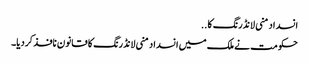
انسداد منی لانڈرنگ کا ..
حکومت نے ملک میں انسداد منی لانڈرنگ کا قانون نافذ کردیا۔